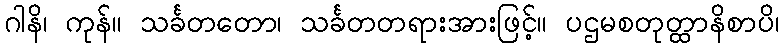
ဂါနိ၊ ကုန်။ သင်္ခတတော၊ သင်္ခတတရားအားဖြင့်။ ပဌမစတုတ္ထာနိစာပိ၊